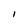
Character: l